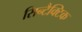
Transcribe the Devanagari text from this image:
सिन्टैक्टिक